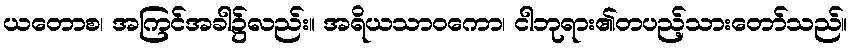
ယတောစ၊ အကြင်အခါ၌လည်း။ အရိယသာဝကော၊ ငါဘုရား၏တပည့်သားတော်သည်။